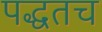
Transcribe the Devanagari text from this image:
पद्धतच